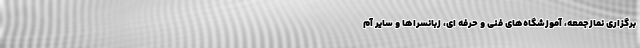
برگزاری نمازجمعه، آموزشگاه‌های فنی و حرفه ای، زبانسراها و سایر آم